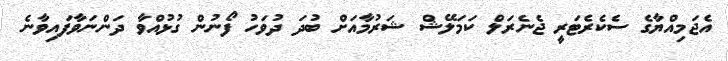
އެޖަމިއްޔާގެ ސެކެރެޓަރީ ޖެނެރަލް ކަމަލޭޝް ޝަރުމާއަށް ބުދަ ދުވަހު ފޯނުން ގުޅުއްވާ ދަންނަވާފައިވާނެ